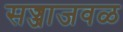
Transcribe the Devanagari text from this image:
सज्जाजवळ